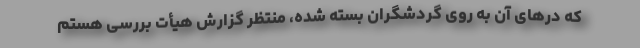
که درهای آن به روی گردشگران بسته شده، منتظر گزارش هیأت بررسی هستم